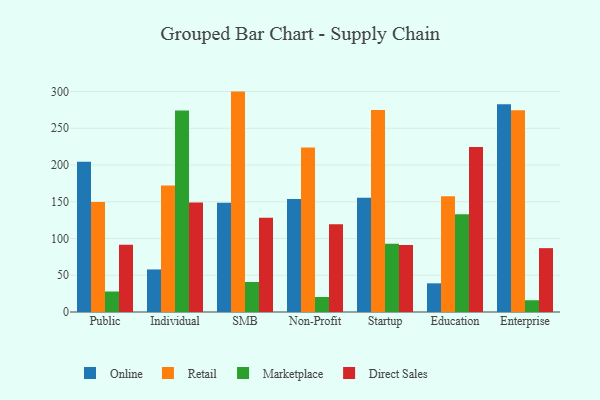
{"axis": {"x": "Segment", "y": "Customer Acquisition Cost (USD)"}, "legend": ["Direct Sales", "Marketplace", "Online", "Retail"], "data": [{"x": "Public", "y": 204.5, "type": "Online"}, {"x": "Public", "y": 149.7, "type": "Retail"}, {"x": "Public", "y": 27.9, "type": "Marketplace"}, {"x": "Public", "y": 91.6, "type": "Direct Sales"}, {"x": "Individual", "y": 57.9, "type": "Online"}, {"x": "Individual", "y": 172.1, "type": "Retail"}, {"x": "Individual", "y": 274.3, "type": "Marketplace"}, {"x": "Individual", "y": 149.0, "type": "Direct Sales"}, {"x": "SMB", "y": 148.7, "type": "Online"}, {"x": "SMB", "y": 299.9, "type": "Retail"}, {"x": "SMB", "y": 40.8, "type": "Marketplace"}, {"x": "SMB", "y": 128.1, "type": "Direct Sales"}, {"x": "Non-Profit", "y": 153.8, "type": "Online"}, {"x": "Non-Profit", "y": 224.0, "type": "Retail"}, {"x": "Non-Profit", "y": 20.4, "type": "Marketplace"}, {"x": "Non-Profit", "y": 119.3, "type": "Direct Sales"}, {"x": "Startup", "y": 155.6, "type": "Online"}, {"x": "Startup", "y": 274.8, "type": "Retail"}, {"x": "Startup", "y": 92.8, "type": "Marketplace"}, {"x": "Startup", "y": 91.0, "type": "Direct Sales"}, {"x": "Education", "y": 39.0, "type": "Online"}, {"x": "Education", "y": 157.4, "type": "Retail"}, {"x": "Education", "y": 132.9, "type": "Marketplace"}, {"x": "Education", "y": 224.4, "type": "Direct Sales"}, {"x": "Enterprise", "y": 282.8, "type": "Online"}, {"x": "Enterprise", "y": 274.4, "type": "Retail"}, {"x": "Enterprise", "y": 16.0, "type": "Marketplace"}, {"x": "Enterprise", "y": 86.9, "type": "Direct Sales"}]}